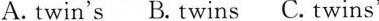
A. twin's B. twins C. twins'